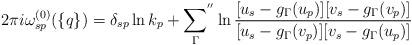
LaTeX: \begin{align*}2\pi i\omega_{sp}^{(0)}(\{q\})= \delta_{sp}\ln k_p+{\sum_\Gamma}^{''}\ln\frac{[u_s-g_\Gamma(u_p)][v_s-g_\Gamma(v_p)]}{[u_s-g_\Gamma(v_p)][v_s-g_\Gamma(u_p)]}\end{align*}